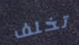
تخلف